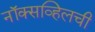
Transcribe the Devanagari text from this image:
नॉक्सव्हिलची